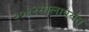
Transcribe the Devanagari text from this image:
२०१२सालापर्यंत